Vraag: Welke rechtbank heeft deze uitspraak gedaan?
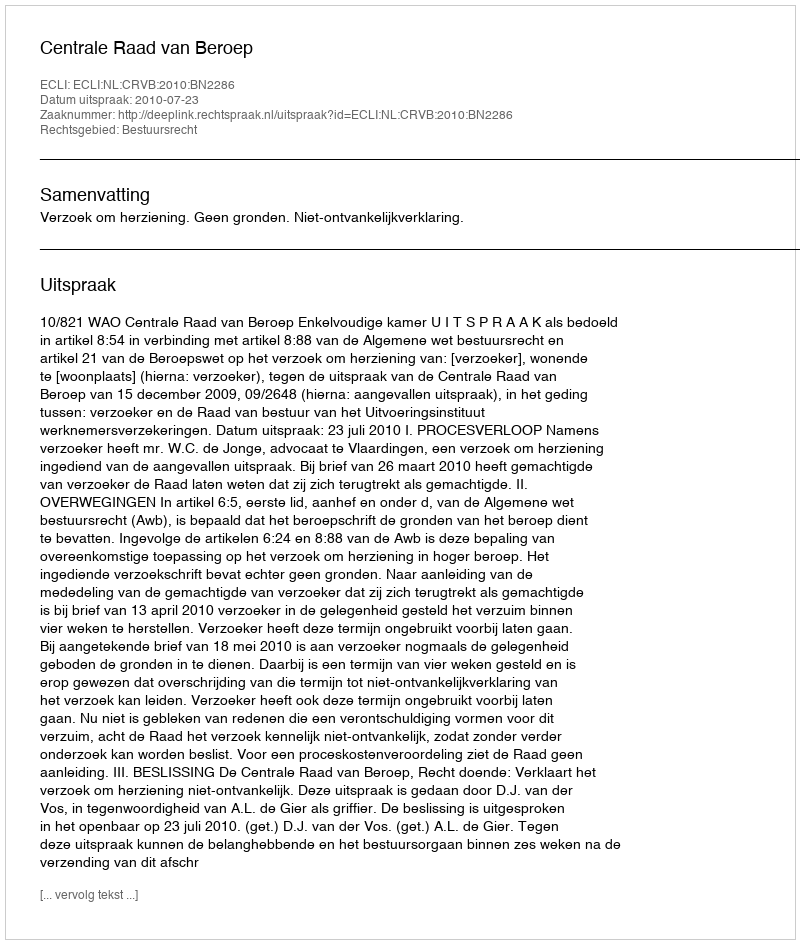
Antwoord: Centrale Raad van Beroep